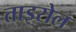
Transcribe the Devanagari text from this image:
ताइरोल